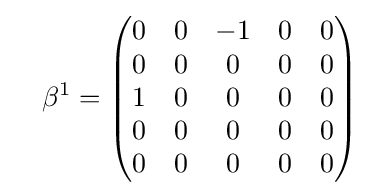
\quad \beta ^{1}={\begin{pmatrix}0&0&-1&0&0\\0&0&0&0&0\\1&0&0&0&0\\0&0&0&0&0\\0&0&0&0&0\end{pmatrix}}